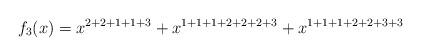
LaTeX: \begin{align*}f_3(x)=x^{2+2+1+1+3}+x^{1+1+1+2+2+2+3}+x^{1+1+1+2+2+3+3}\end{align*}